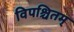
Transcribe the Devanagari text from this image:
विपश्चितम्